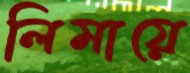
লিমায়ে